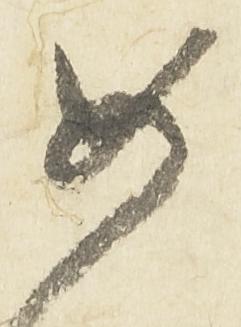
如